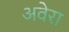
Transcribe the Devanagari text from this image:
अवेरा